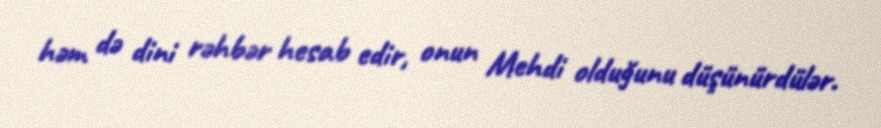
həm də dini rəhbər hesab edir, onun Mehdi olduğunu düşünürdülər.